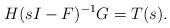
LaTeX: \begin{align*} H(sI-F)^{-1}G = T(s).\end{align*}